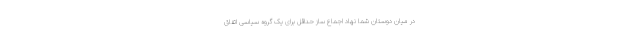
در میان دوستان شما نهاد اجماع ساز حداقل برای یک گروه سیاسی اتفاق